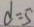
d = 5